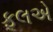
ફૂલએ